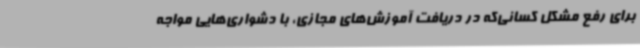
برای رفع مشکل کسانی‌که در دریافت آموزش‌های مجازی، با دشواری‌هایی مواجه